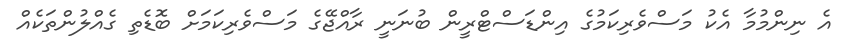
އެ ނިންމުމާ އެކު މަސްވެރިކަމުގެ އިންޑަސްޓްރީން ބުނަނީ ރާއްޖޭގެ މަސްވެރިކަމަށް ބޮޑެތި ގެއްލުންތަކެއް